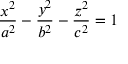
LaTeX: { \frac { x ^ { 2 } } { a ^ { 2 } } } - { \frac { y ^ { 2 } } { b ^ { 2 } } } - { \frac { z ^ { 2 } } { c ^ { 2 } } } = 1